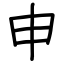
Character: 申